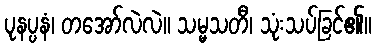
ပုနပ္ပနံ၊ တအော်လဲလဲ။ သမ္မသတီ၊ သုံးသပ်ခြင်၏။